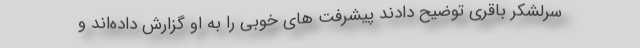
سرلشکر باقری توضیح دادند پیشرفت های خوبی را به او گزارش داده‌اند و